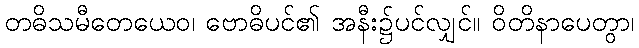
တဓိသမီတေယေဝ၊ ဗောဓိပင်၏ အနီး၌ပင်လျှင်။ ဝိတိနာပေတွာ၊